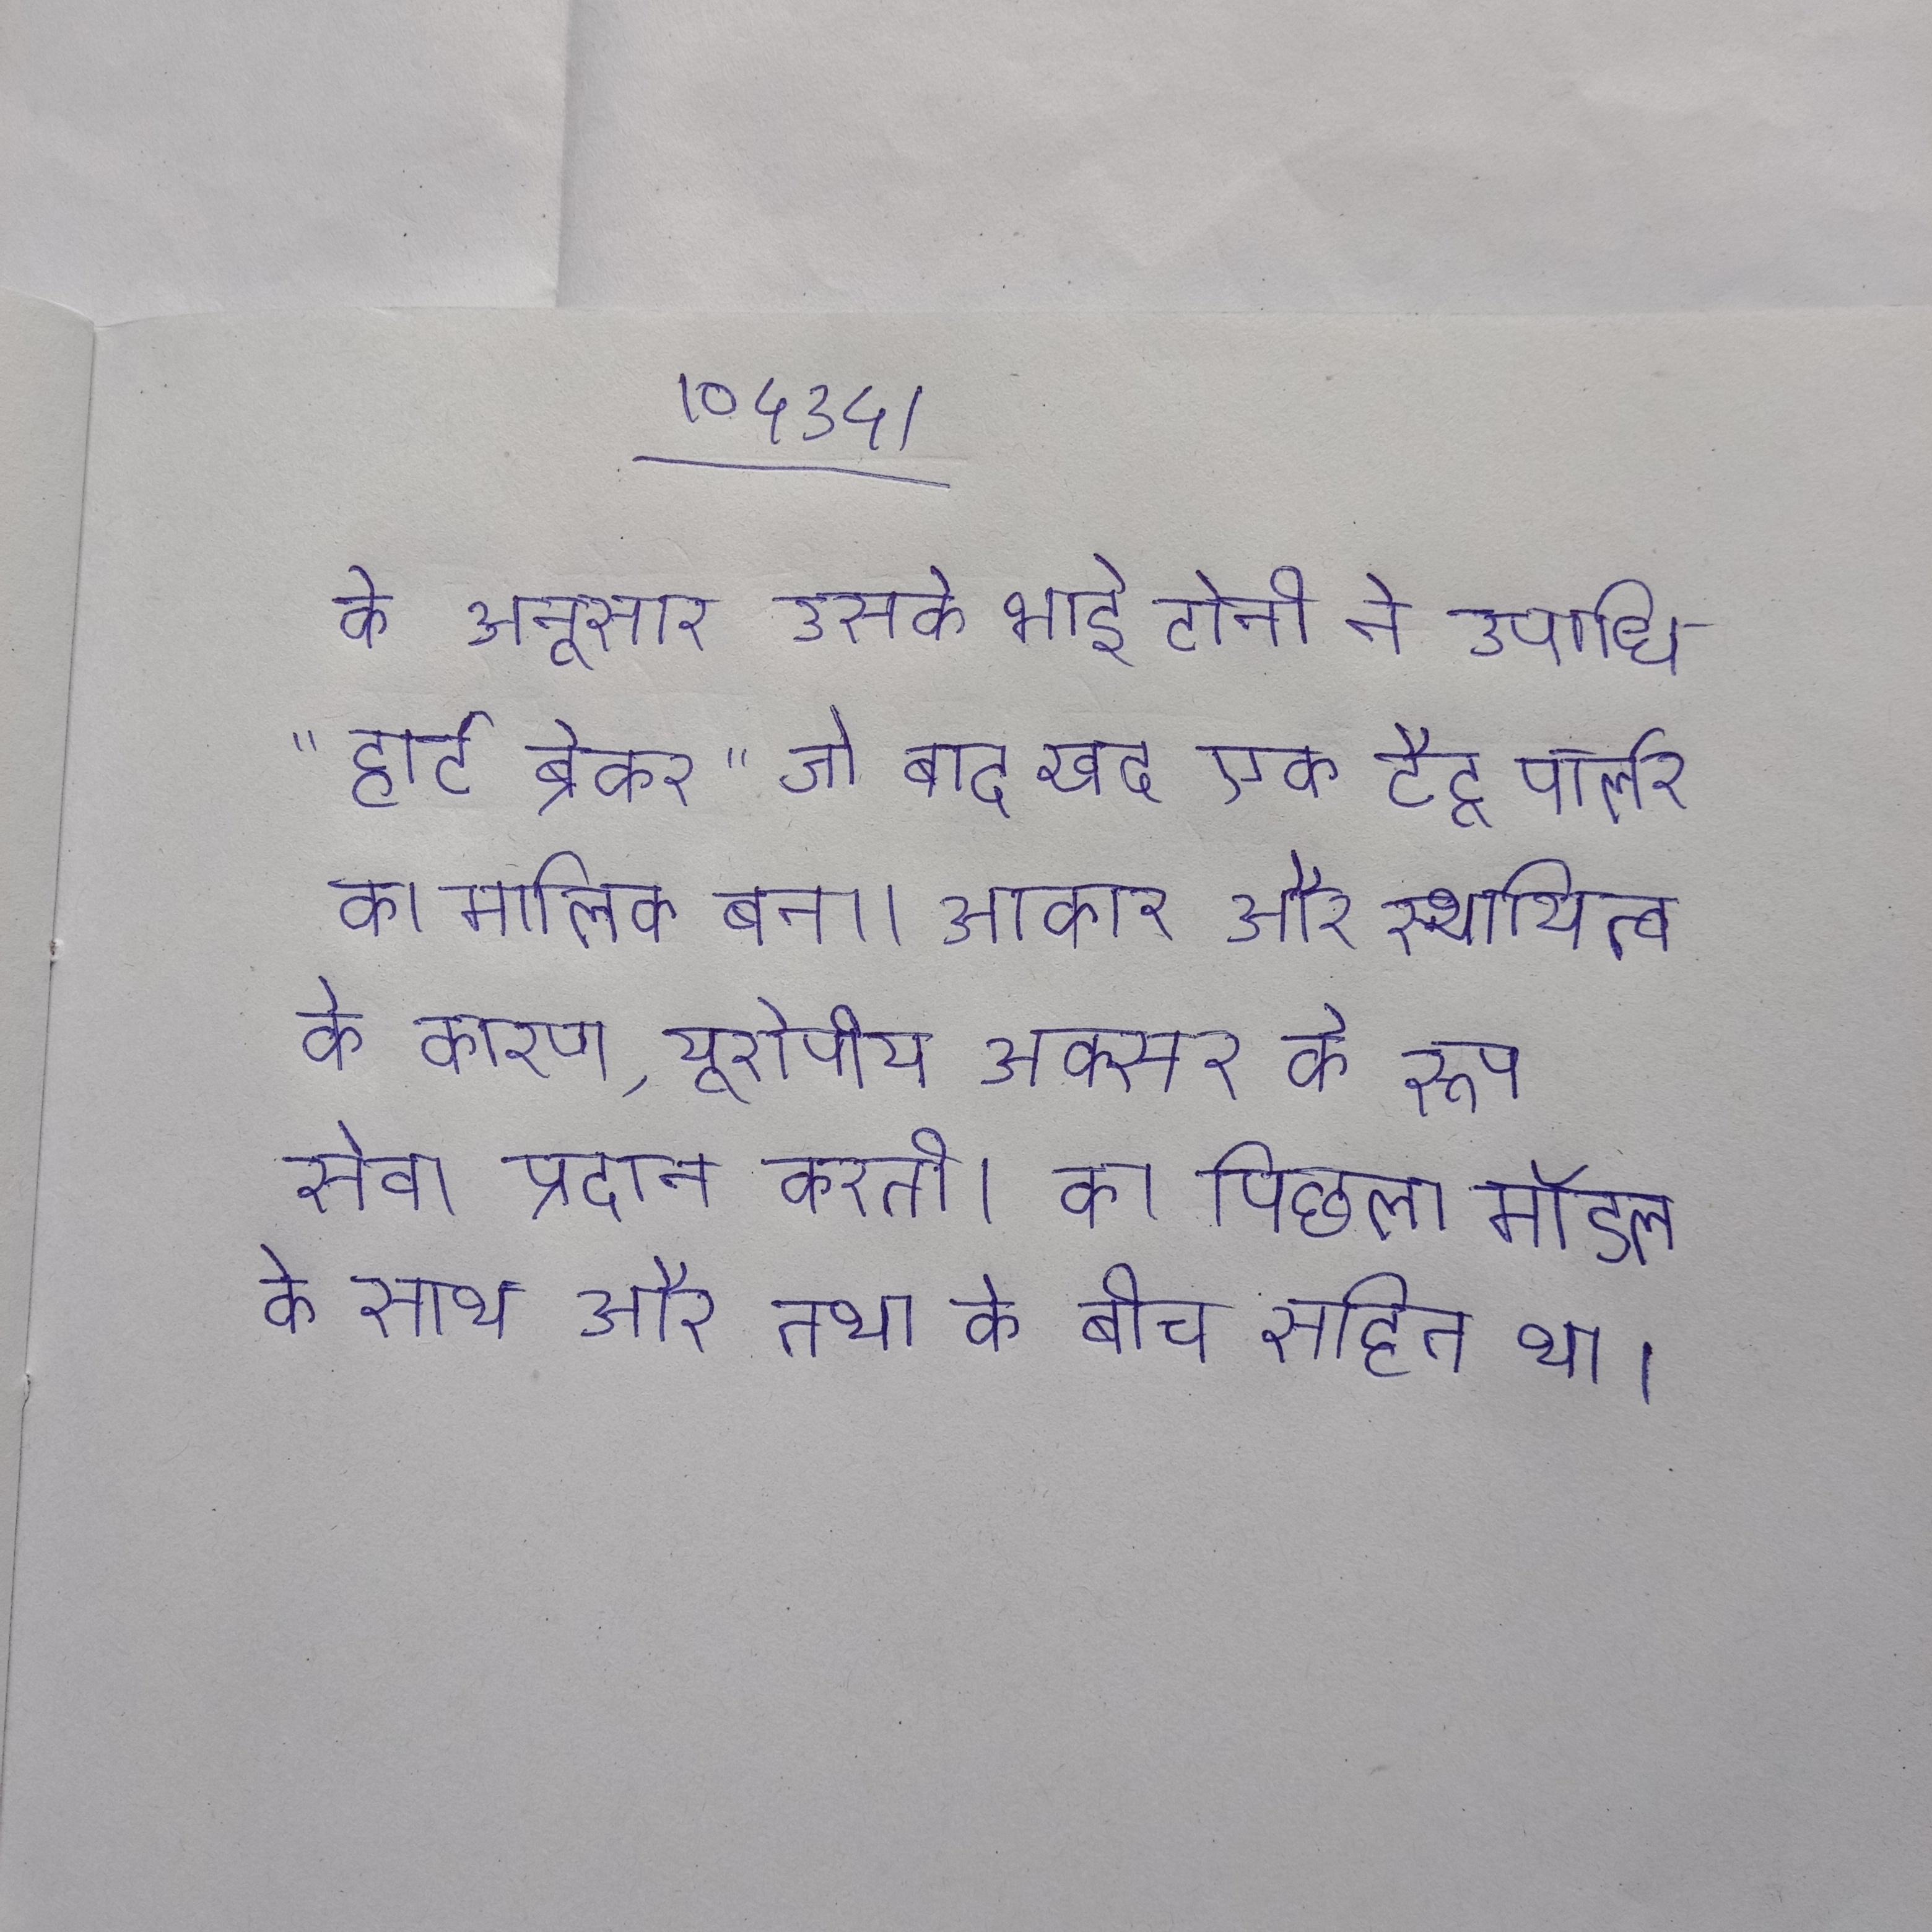
के अनुसार उसके भाई टोनी ने उपाधि "हार्ट ब्रेकर" जो बाद खुद एक टैटू पार्लर का मालिक बना । आकार और स्थायित्व के कारण, यूरोपीय अक्सर के रूप सेवा प्रदान करती । का पिछला मॉडल के साथ और तथा के बीच सहित था ।